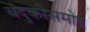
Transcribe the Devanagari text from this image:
बंदुकीसमोर